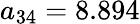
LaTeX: a_{34}=8.894